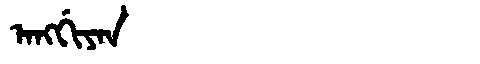
Manchu: ᠠᠩᡤᡳᠶᠠᠨ
Romanization: ANGGIYAN